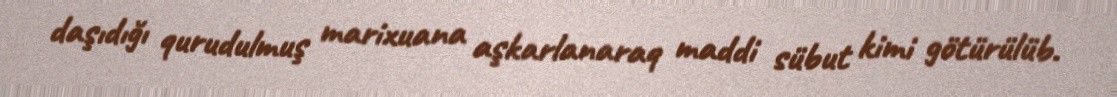
daşıdığı qurudulmuş marixuana aşkarlanaraq maddi sübut kimi götürülüb.